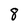
Character: 8